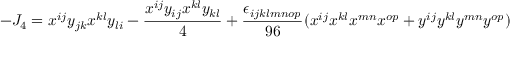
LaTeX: - J _ { 4 } = x ^ { i j } y _ { j k } x ^ { k l } y _ { l i } - { \frac { x ^ { i j } y _ { i j } x ^ { k l } y _ { k l } } { 4 } } + { \frac { \epsilon _ { i j k l m n o p } } { 9 6 } } ( x ^ { i j } x ^ { k l } x ^ { m n } x ^ { o p } + y ^ { i j } y ^ { k l } y ^ { m n } y ^ { o p } )